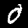
Digit: 0